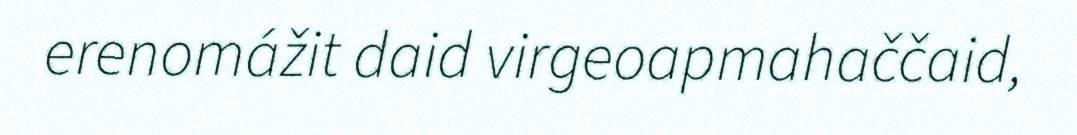
erenomážit daid virgeoapmahaččaid,